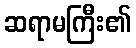
ဆရာမကြီး၏